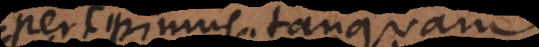
percipimus tanquam